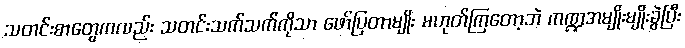
သတင်းစာတွေကလည်း သတင်းသက်သက်ကိုသာ ဖော်ပြတာမျိုး မဟုတ်ကြတော့ဘဲ ကဏ္ဍအမျိုးမျိုးခွဲပြီး